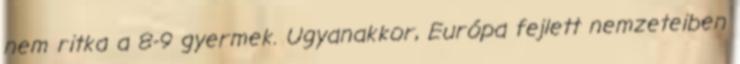
nem ritka a 8-9 gyermek. Ugyanakkor, Európa fejlett nemzeteiben